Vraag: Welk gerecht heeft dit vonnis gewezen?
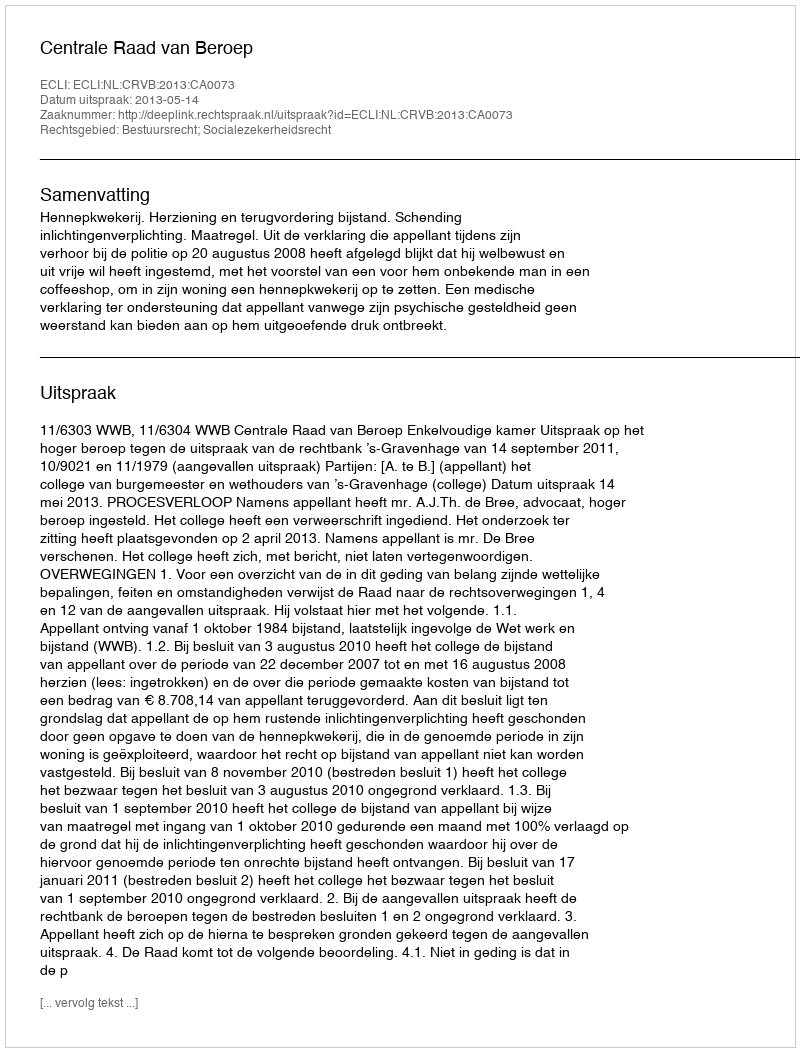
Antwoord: Centrale Raad van Beroep